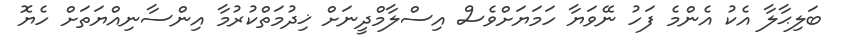
ބަލިޙާލާ އެކު އެންމެ ފަހު ނޭވަޔާ ހަމަޔަށްވެސް އިސްލާމްދީނަށް ޚިދުމަތްކުރުމާ އިންސާނިއްޔަތަށް ހެޔޮ